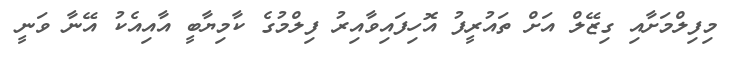
މިފިލްމަށާއި ގިޒޭލް އަށް ތައުރީފު އޮހިފައިވާއިރު ފިލްމުގެ ކާމިޔާބީ އާއިއެކު އޭނާ ވަނީ